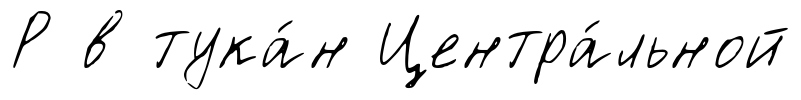
Р в тука́н Центра́льной